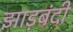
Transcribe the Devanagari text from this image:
झाड़बंदी